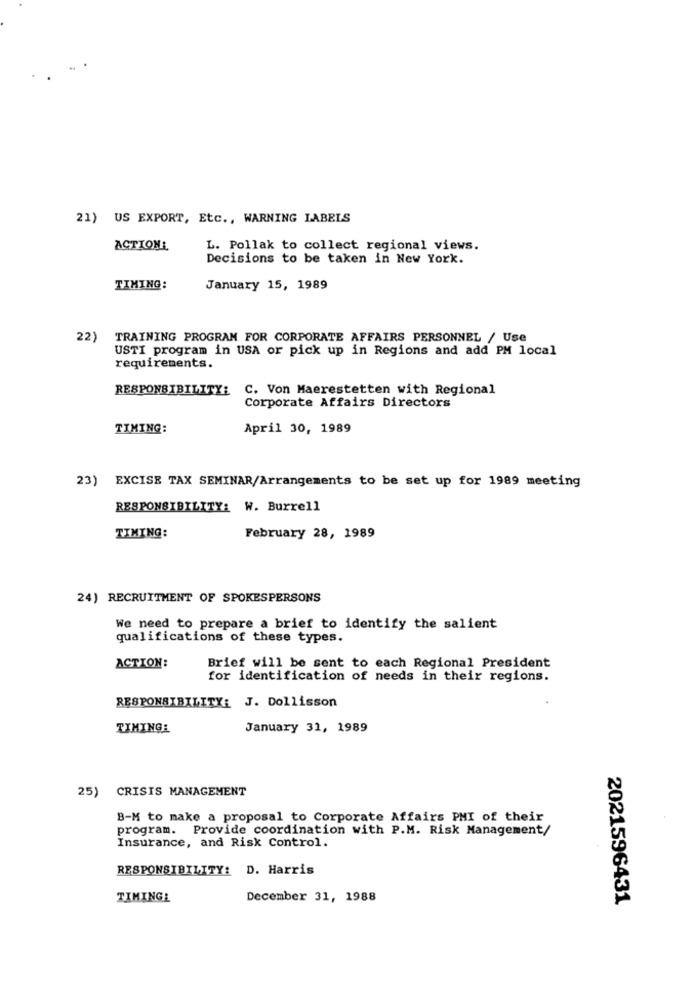
21) US EXPORT, Etc ., WARNING LABELS
ACTION:
L. Pollak to collect regional views.
Decisions to be taken in New York.
TIMING:
January 15, 1989
22) TRAINING PROGRAM FOR CORPORATE AFFAIRS PERSONNEL / Use
USTI program in USA or pick up in Regions and add PM local
requirements.
RESPONSIBILITY!
C. Von Maerestetten with Regional
Corporate Affairs Directors
TIMING:
April 30, 1989
23) EXCISE TAX SEMINAR/Arrangements to be set up for 1989 meeting
RESPONSIBILITY: W. Burrell
TIMING:
February 28, 1989
24) RECRUITMENT OF SPOKESPERSONS
We need to prepare a brief to identify the salient
qualifications of these types.
ACTION:
Brief will be sent to each Regional President
for identification of needs in their regions.
RESPONSIBILITY: J. Dollisson
TIMING:
January 31, 1989
25) CRISIS MANAGEMENT
B-M to make a proposal to Corporate Affairs PMI of their
program. Provide coordination with P.M. Risk Management/
Insurance, and Risk Control.
RESPONSIBILITY: D. Harris
TIMINGE
December 31, 1988
2021596431